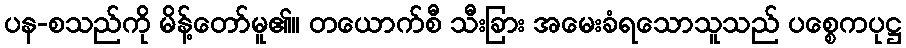
ပန-စသည်ကို မိန့်တော်မူ၏။ တယောက်စီ သီးခြား အမေးခံရသောသူသည် ပစ္စေကပုဋ္ဌ